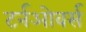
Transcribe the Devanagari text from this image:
टर्नओवर्स